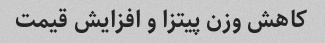
کاهش وزن پیتزا و افزایش قیمت